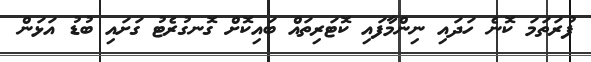
ފުރަތަމަ ކޮނެ ހަދައި ނިންމާފައި ކޮޓަރިތައް ބައިކޮށް ގޮނގުރެޓު ގަށައި ބުޑު އަޅަން